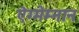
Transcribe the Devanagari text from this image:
ऐग्मेम्नान